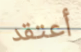
أعتقد